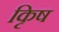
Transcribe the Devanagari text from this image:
कृिष